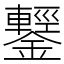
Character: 鑋